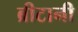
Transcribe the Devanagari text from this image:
ब्रीटानी